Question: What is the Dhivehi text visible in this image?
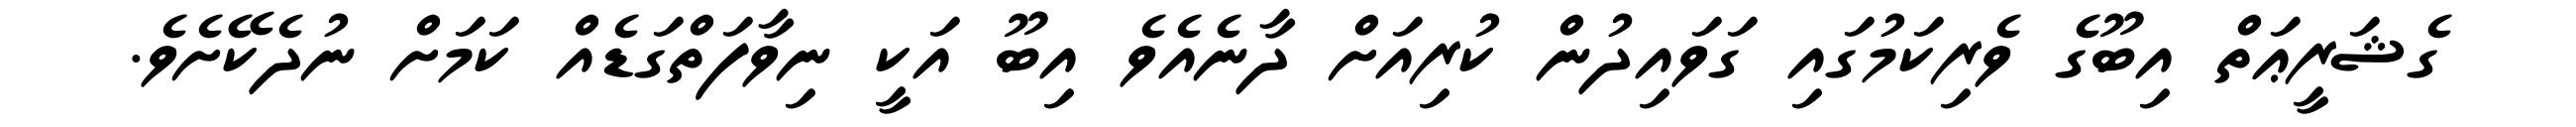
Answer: ގެޝަރީޢަތް އިބޫގެ ވެރިކަމުގައި ގަވައިދުން ކުރިއަށް ދާނެއެވެ އިބޫ އަކީ ނިވާފަތްގަޑެއް ކަމަށް ނުދެކޭށެވެ.